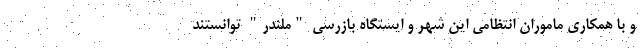
و با همکاری ماموران انتظامی این شهر و ایستگاه بازرسی "ملندر" توانستند